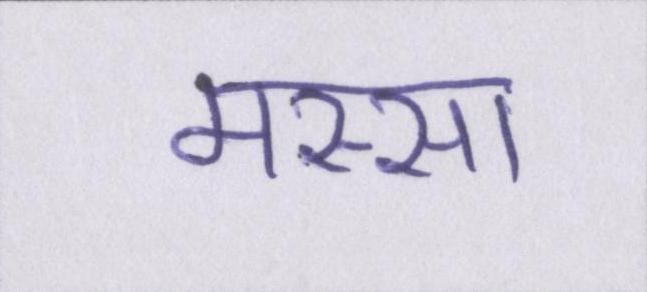
मस्सा